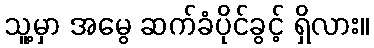
သူ့မှာ အမွေ ဆက်ခံပိုင်ခွင့် ရှိလား။